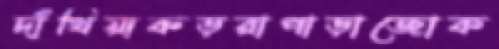
দাঁথিয়াকড়রাপাড়াজোক